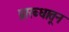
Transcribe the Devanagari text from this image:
प्रारब्धातून